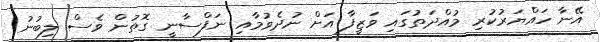
އޭނާ ހައްޔަރުކުރި މުއްދަތުގައި ވަޒީފާ އަށް ނުދެވުމާއި ނަފްސާނީ ގޮތުން ވެސް ލިބުނު